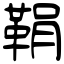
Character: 鞙